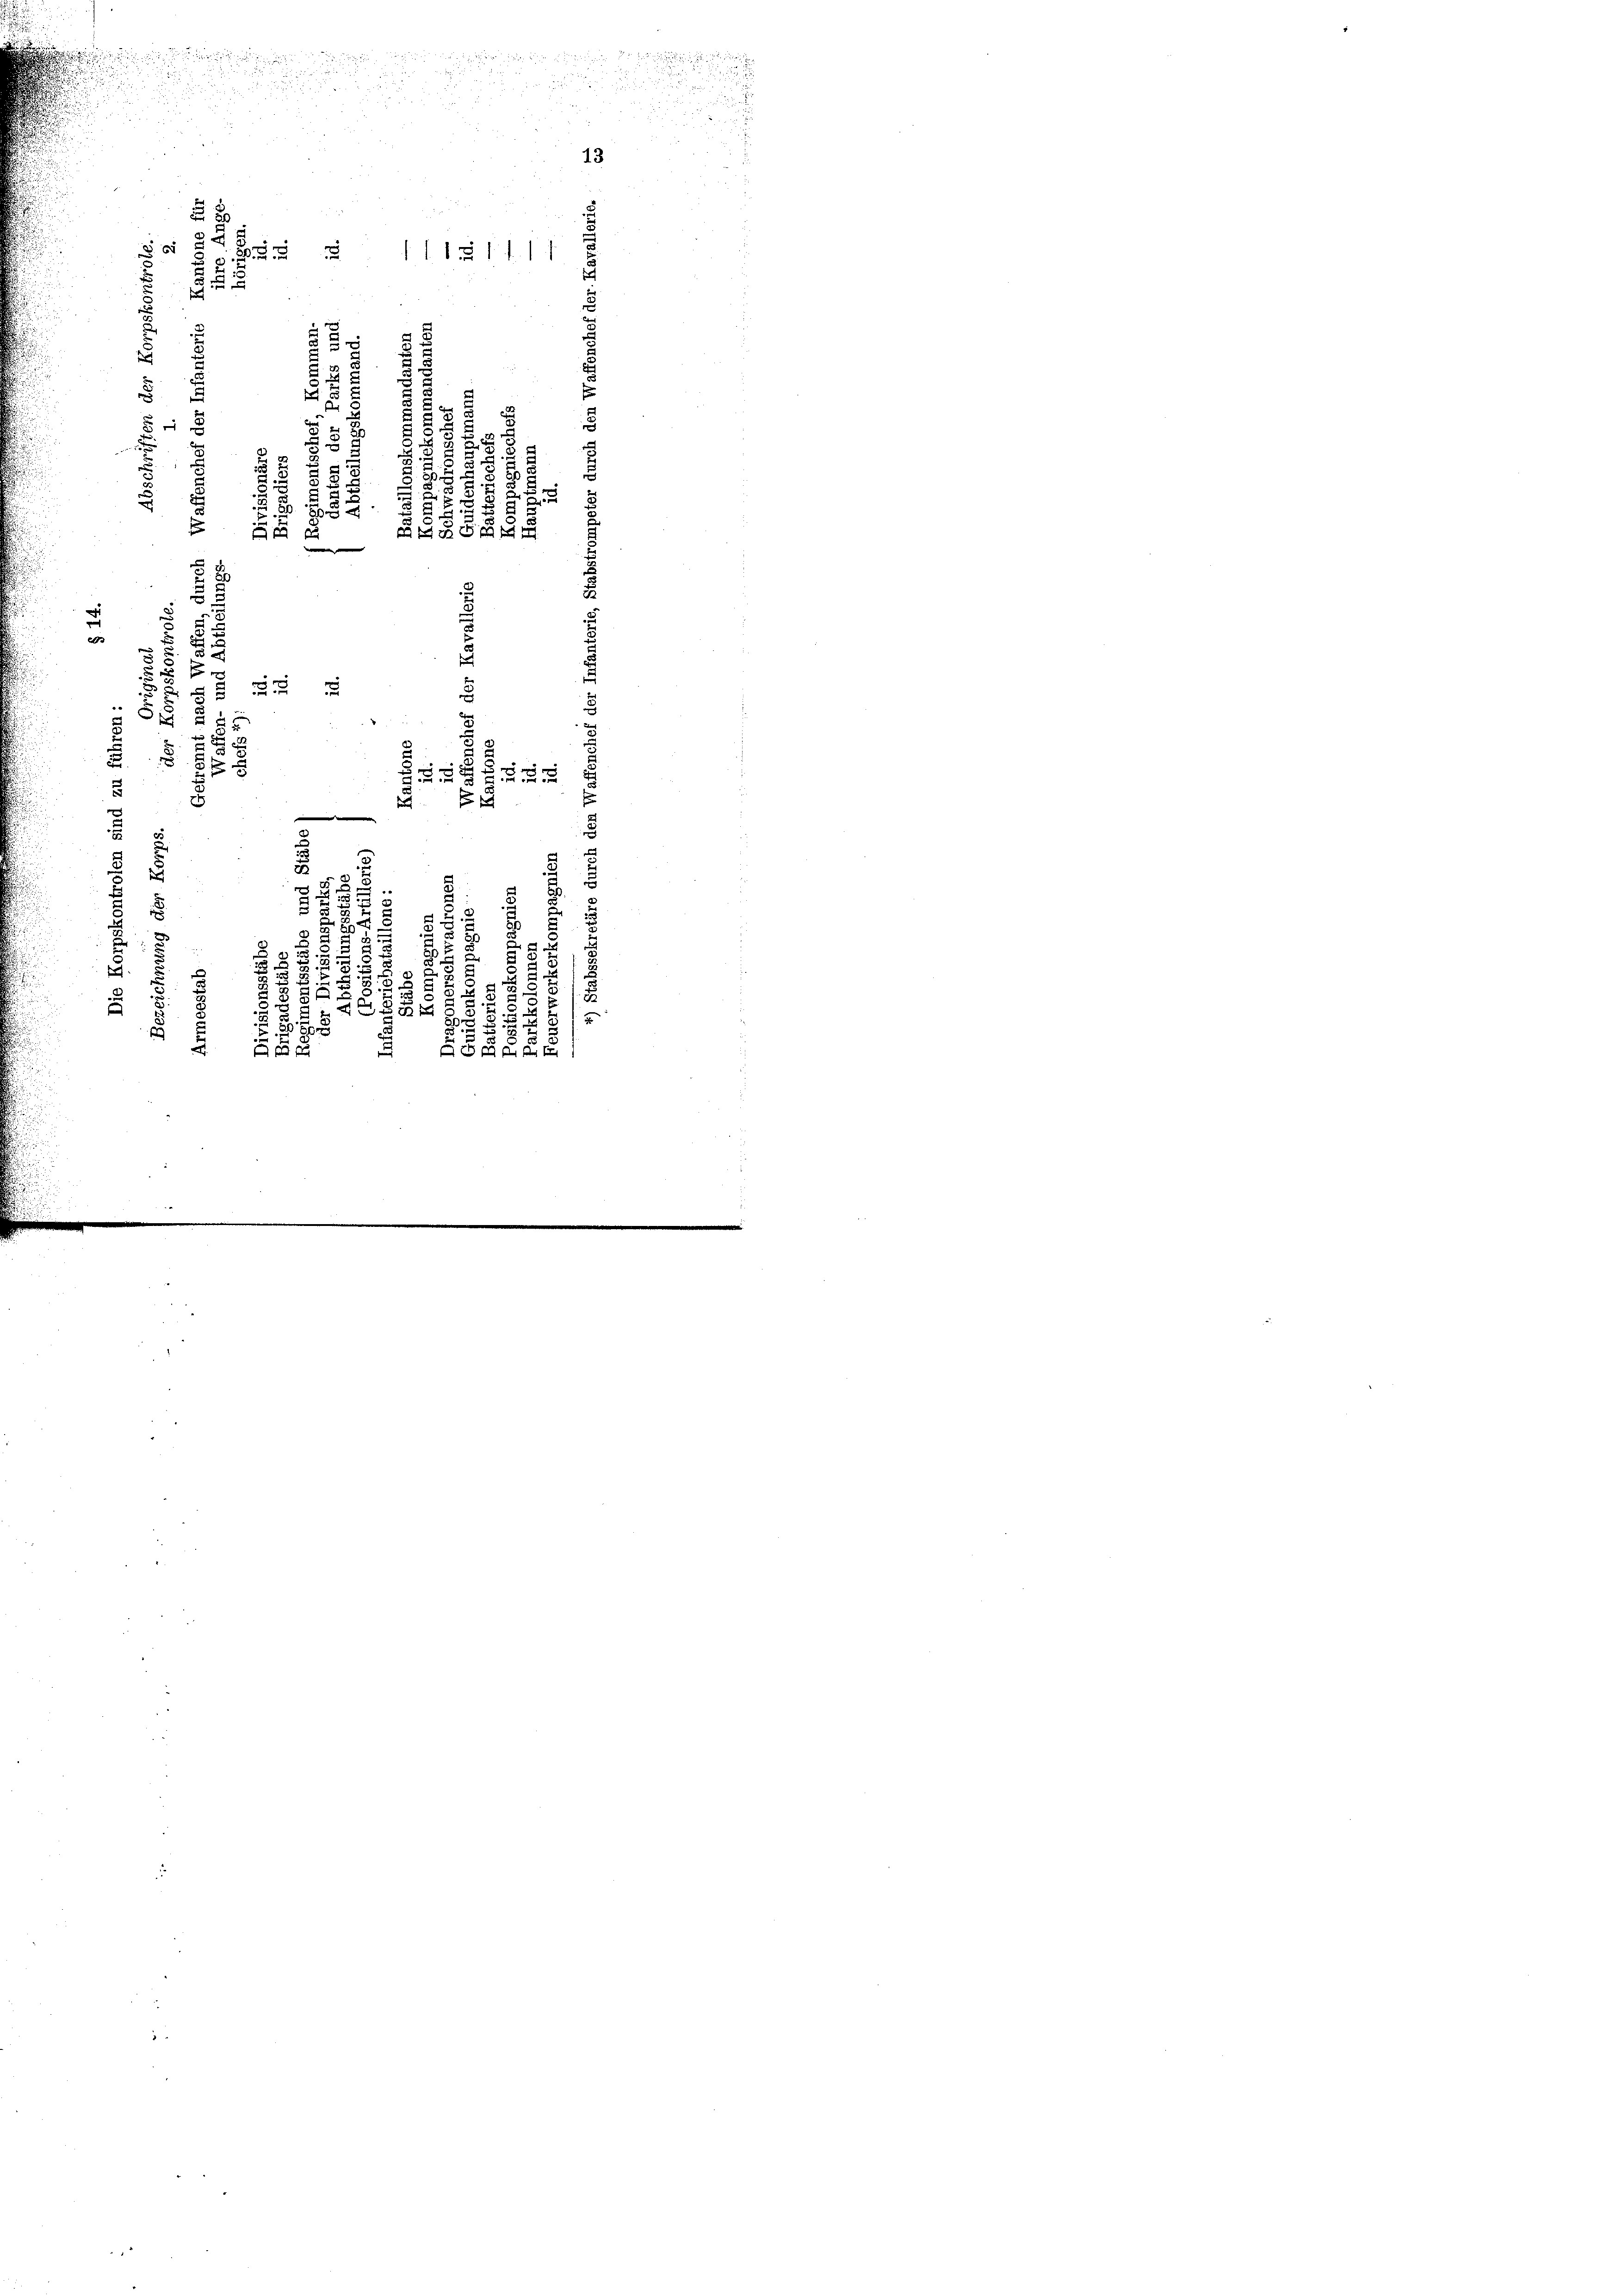
13

8
1117
d
s
4 x
¬
u
3
51.
.
i
2
n
2 x
2
s
5
e
e

e
u

.
.
55
s

.

s
5
u
5
B
d
7
u

e
e
¬
8
.
2
5
t
u
1
28
8
e
¬
 xx
u
8

1

r

5
¬